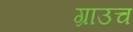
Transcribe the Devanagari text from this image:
ग्राउच